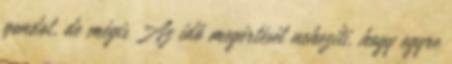
gondot, de mégis Az idő megértését nehezíti, hogy egyre